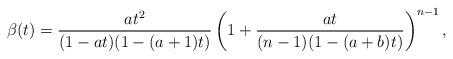
LaTeX: \begin{align*} \beta(t) = \frac{a t^2}{(1 - a t) (1 - (a + 1) t)} \left (1 + \frac{a t}{(n - 1) (1 - (a + b) t)} \right )^{n - 1},\end{align*}